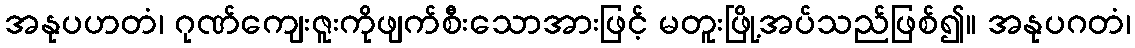
အနုပဟတံ၊ ဂုဏ်ကျေးဇူးကိုဖျက်စီးသောအားဖြင့် မတူးဖြို့အပ်သည်ဖြစ်၍။ အနုပဂတံ၊